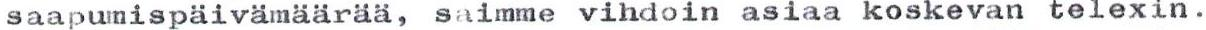
saapumispäivämäärää, saimme vihdoin asiaa koskevan telexin.